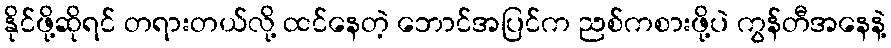
နိုင်ဖို့ဆိုရင် တရားတယ်လို့ ထင်နေတဲ့ ဘောင်အပြင်က ညစ်ကစားဖို့ပဲ ကွန်တီအနေနဲ့